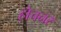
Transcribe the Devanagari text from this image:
होचनर